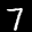
Label: 7